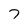
Character: 7